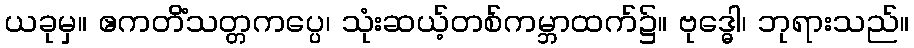
ယခုမှ။ ဧကတိံသတ္တကပ္ပေ၊ သုံးဆယ့်တစ်ကမ္ဘာထက်၌။ ဗုဒ္ဓေါ၊ ဘုရားသည်။